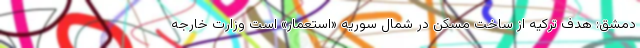
دمشق: هدف ترکیه از ساخت مسکن در شمال سوریه «استعمار» است وزارت خارجه